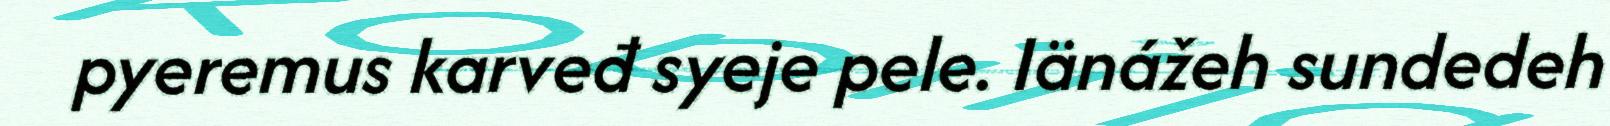
pyeremus karveđ syeje pele. Iänážeh sundedeh